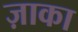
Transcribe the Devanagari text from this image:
ज़ाका